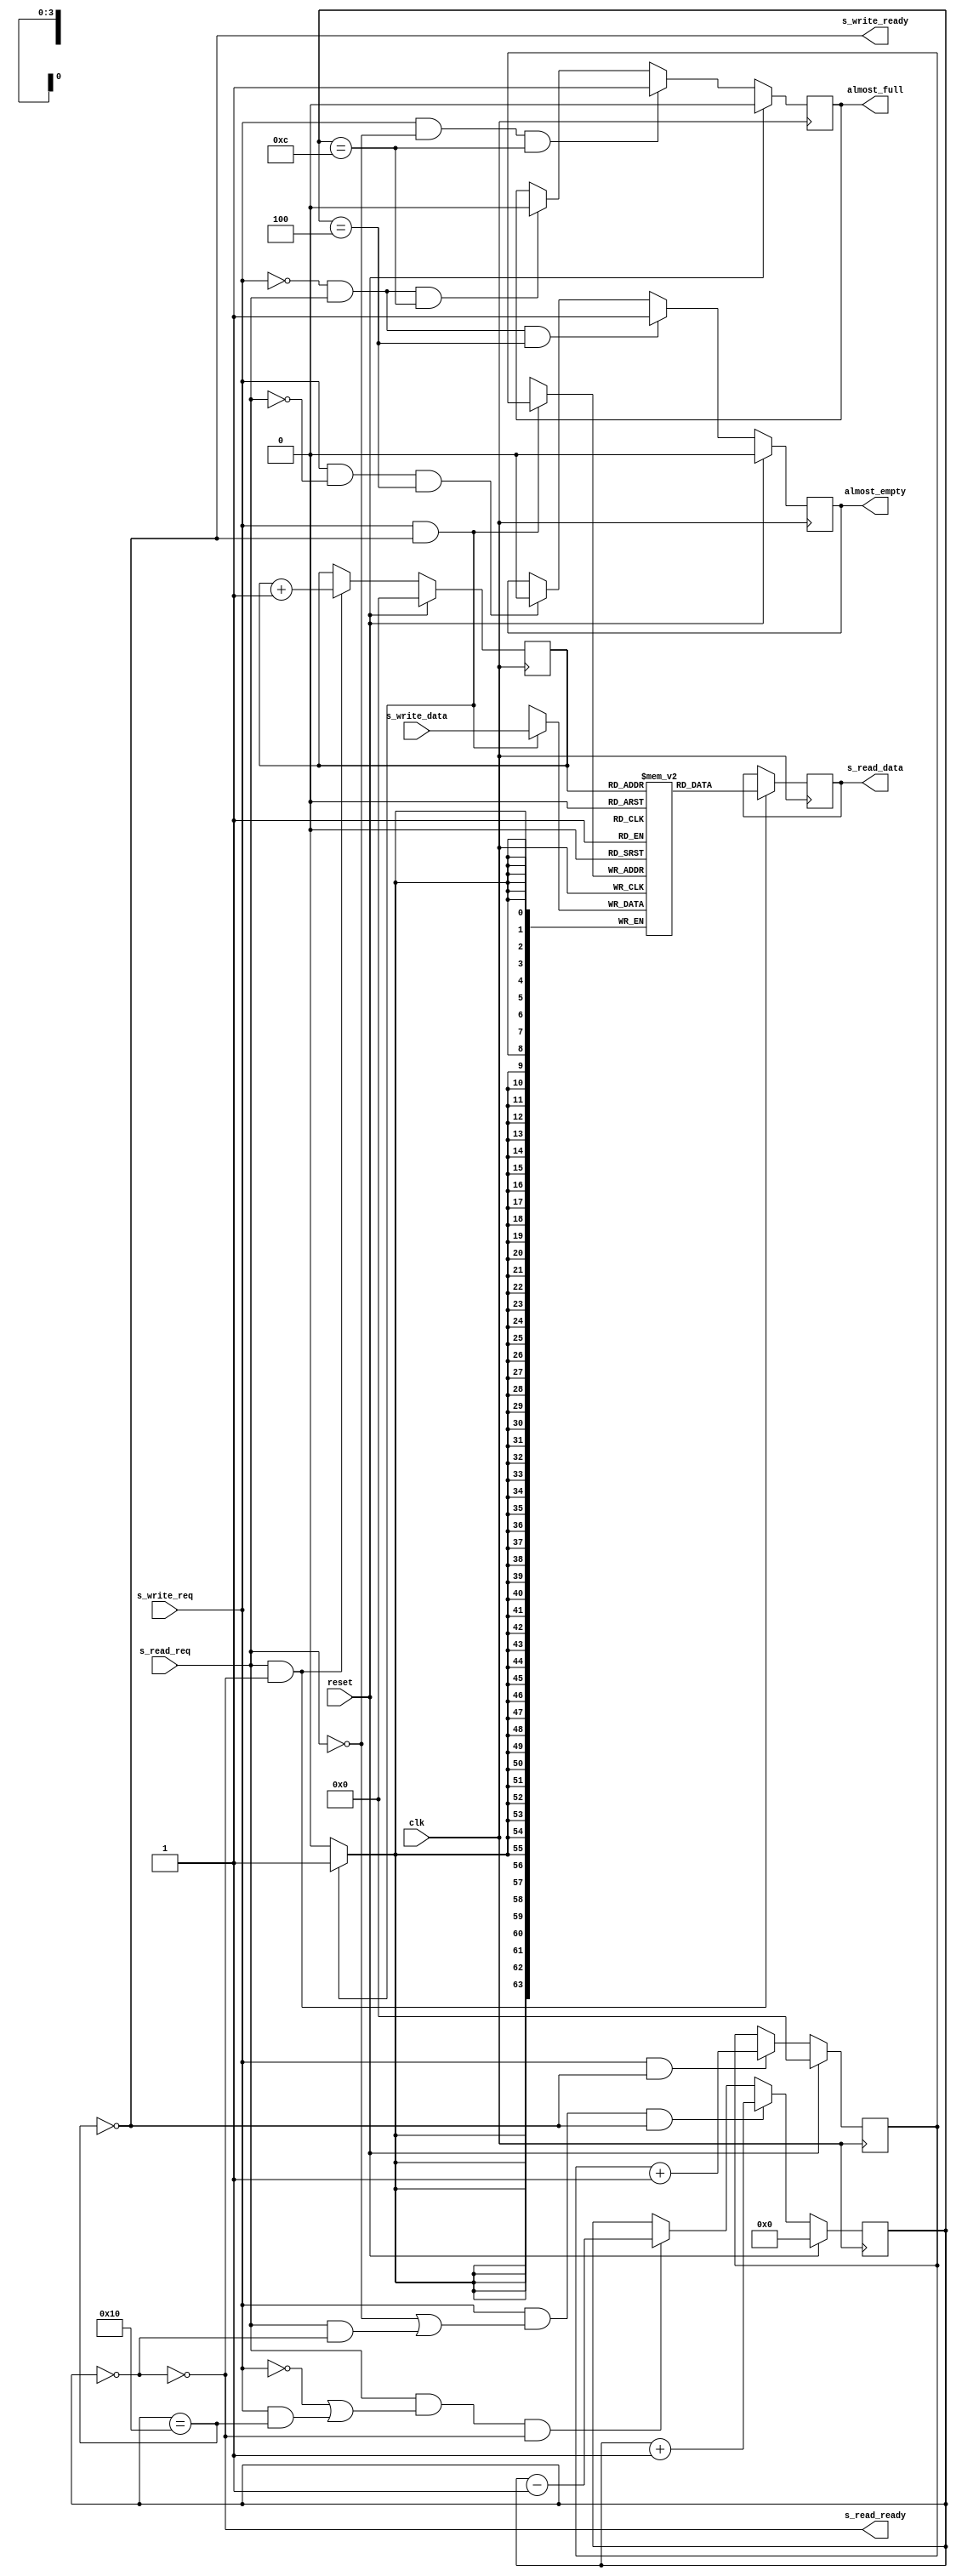
`timescale 1ns/1ps
module fifo
#(  // Parameters
  parameter          DATA_WIDTH                   = 64,
  parameter          INIT                         = "init.mif",
  parameter          ADDR_WIDTH                   = 4,
  parameter          RAM_DEPTH                    = (1 << ADDR_WIDTH),
  parameter          INITIALIZE_FIFO              = "no",
  parameter          TYPE                         = "distributed"
)(  // Ports
  input  wire                                         clk,
  input  wire                                         reset,
  input  wire                                         s_write_req,
  input  wire                                         s_read_req,
  input  wire  [ DATA_WIDTH           -1 : 0 ]        s_write_data,
  output reg   [ DATA_WIDTH           -1 : 0 ]        s_read_data,
  output wire                                         s_read_ready,
  output wire                                         s_write_ready,
  output wire                                         almost_full,
  output wire                                         almost_empty
);

// Port Declarations
// ******************************************************************
// Internal variables
// ******************************************************************
  reg                                         empty;
  reg                                         full;

  reg  [ ADDR_WIDTH              : 0 ]        fifo_count;

  reg  [ ADDR_WIDTH           -1 : 0 ]        wr_pointer; //Write Pointer
  reg  [ ADDR_WIDTH           -1 : 0 ]        rd_pointer; //Read Pointer

  reg _almost_full;
  reg _almost_empty;

  (* ram_style = TYPE *)
  reg     [DATA_WIDTH   -1 : 0 ]    mem[0:RAM_DEPTH-1];
// ******************************************************************
// FIFO Logic
// ******************************************************************
  initial begin
    if (INITIALIZE_FIFO == "yes") begin
      $readmemh(INIT, mem, 0, RAM_DEPTH-1);
    end
  end

  always @ (fifo_count)
  begin : FIFO_STATUS
    empty   = (fifo_count == 0);
    full    = (fifo_count == RAM_DEPTH);
  end

  always @(posedge clk)
  begin
    if (reset)
      _almost_full <= 1'b0;
    else if (s_write_req && !s_read_req && fifo_count == RAM_DEPTH-4)
      _almost_full <= 1'b1;
    else if (~s_write_req && s_read_req && fifo_count == RAM_DEPTH-4)
      _almost_full <= 1'b0;
  end
  assign almost_full = _almost_full;

  always @(posedge clk)
  begin
    if (reset)
      _almost_empty <= 1'b0;
    else if (~s_write_req && s_read_req && fifo_count == 4)
      _almost_empty <= 1'b1;
    else if (s_write_req && ~s_read_req && fifo_count == 4)
      _almost_empty <= 1'b0;
  end
  assign almost_empty = _almost_empty;

  assign s_read_ready = !empty;
  assign s_write_ready = !full;

  always @ (posedge clk)
  begin : FIFO_COUNTER
    if (reset)
      fifo_count <= 0;

    else if (s_write_req && (!s_read_req||s_read_req&&empty) && !full)
      fifo_count <= fifo_count + 1;

    else if (s_read_req && (!s_write_req||s_write_req&&full) && !empty)
      fifo_count <= fifo_count - 1;
  end

  always @ (posedge clk)
  begin : WRITE_PTR
    if (reset) begin
      wr_pointer <= 0;
    end
    else if (s_write_req && !full) begin
      wr_pointer <= wr_pointer + 1;
    end
  end

  always @ (posedge clk)
  begin : READ_PTR
    if (reset) begin
      rd_pointer <= 0;
    end
    else if (s_read_req && !empty) begin
      rd_pointer <= rd_pointer + 1;
    end
  end

  always @ (posedge clk)
  begin : WRITE
    if (s_write_req & !full) begin
      mem[wr_pointer] <= s_write_data;
    end
  end

  always @ (posedge clk)
  begin : READ
    if (reset) begin
      s_read_data <= 0;
    end
    if (s_read_req && !empty) begin
      s_read_data <= mem[rd_pointer];
    end
    else begin
      s_read_data <= s_read_data;
    end
  end

endmodule